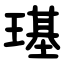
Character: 璂